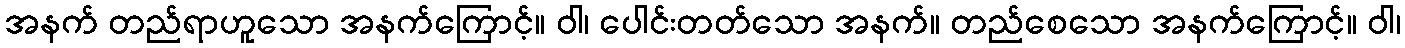
အနက် တည်ရာဟူသော အနက်ကြောင့်။ ဝါ၊ ပေါင်းတတ်သော အနက်။ တည်စေသော အနက်ကြောင့်။ ဝါ၊